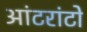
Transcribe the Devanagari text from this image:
आंटरांटो